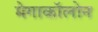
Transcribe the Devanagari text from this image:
मेगाकॉलोन